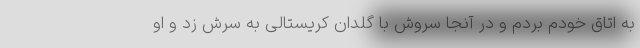
به اتاق خودم بردم و در آنجا سروش با گلدان کریستالی به سرش زد و او